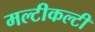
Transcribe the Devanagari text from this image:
मल्टीकल्टी